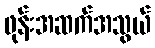
ဖုန်းအဆက်အသွယ်